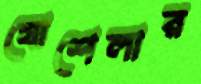
যোশেলার